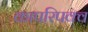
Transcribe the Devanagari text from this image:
कापरिपक्व